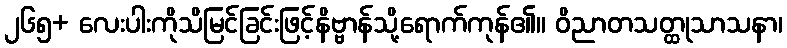
၂၆၅+ လေးပါးကိုသိမြင်ခြင်းဖြင့်နိဗ္ဗာန်သို့ရောက်ကုန်၏။ ဝိညာတသတ္ထုသာသနာ၊